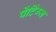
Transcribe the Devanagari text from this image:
पेंटिंग्ज